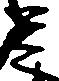
足